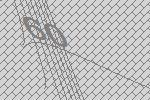
60